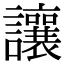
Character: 讓